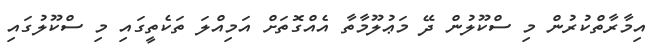
އިމާރާތްކުރުން މި ސްކޫލުން ދޭ މަޢުލޫމާތާ އެއްގޮތަށް އަމިއްލަ ތަކެތީގައި މި ސްކޫލުގައި